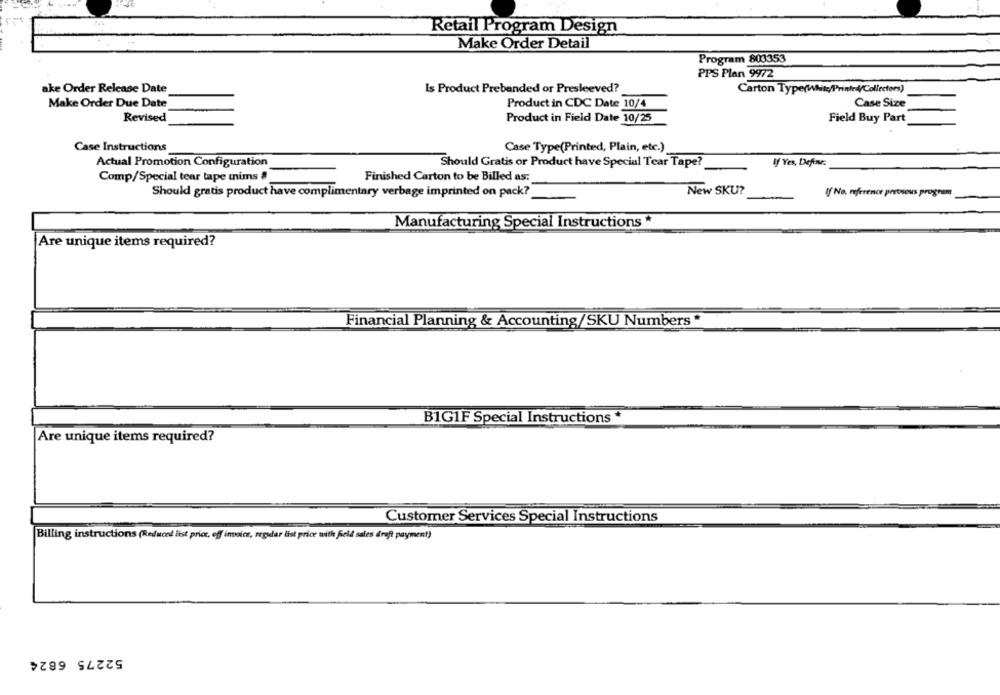
Retail Program Design
Make Order Detail
Program 803353
PPS Plan 9972
ake Order Release Date
Is Product Prebanded or Presleeved?
Carton Type(White/Printed/Collectors)
Make Order Due Date
Product in CDC Date 10/4
Case Size
Revised
Product in Field Date 10/25
Field Buy Part
Case Instructions
Case Type(Printed, Plain, etc.)
Actual Promotion Configuration
Should Gratis or Product have Special Tear Tape?
If Yes, Define:
Comp/Special tear tape mims #
Finished Carton to be Billed as:
Should gratis product have complimentary verbage imprinted on pack?
New SKU?
If No. reference pretoious program
Manufacturing Special Instructions *
Are unique items required?
Financial Planning & Accounting/SKU Numbers
B1G1F Special Instructions *
Are unique items required?
Customer Services Special Instructions
Billing instructions (Reduced list price, off invoice, regular list price with field sales draft payment)
52275 6824